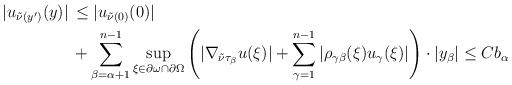
LaTeX: \begin{align*}\begin{aligned}|u_{\tilde{\nu} (y')} (y)| \,& \leq |u_{\tilde{\nu} (0)}(0)| \\ & + \sum_{\beta = \alpha+1}^{n-1} \sup_{\xi \in \partial \omega \cap \partial \Omega} \left(|\nabla_{\tilde{\nu}\tau_\beta} u (\xi)| + \sum_{\gamma=1}^{n-1}|\rho_{\gamma\beta} (\xi) u_\gamma (\xi)|\right) \cdot |y_\beta| \leq C b_\alpha\end{aligned}\end{align*}